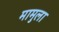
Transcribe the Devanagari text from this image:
मामुला